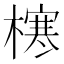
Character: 𪳶